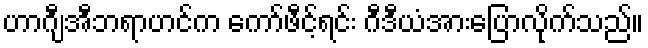
ဟာဂျီအီဘရာဟင်က ကော်ဖီင့်ရင်း ဂီဒီယံအားပြောလိုက်သည်။